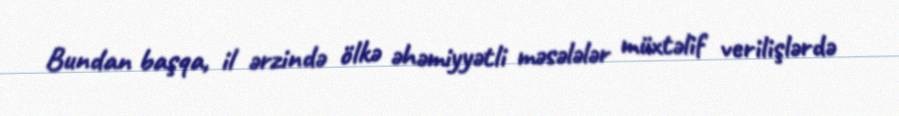
Bundan başqa, il ərzində ölkə əhəmiyyətli məsələlər müxtəlif verilişlərdə